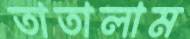
তাতালাম